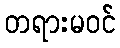
တရားမဝင်